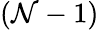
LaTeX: (\mathcal{N}-1)